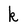
Character: k